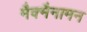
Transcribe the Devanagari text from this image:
मैक्मैनामन